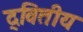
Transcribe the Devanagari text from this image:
द्‌वितीय